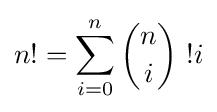
n!=\sum _{i=0}^{n}{\binom {n}{i}}\ !i